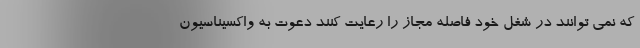
که نمی توانند در شغل خود فاصله مجاز را رعایت کنند دعوت به واکسیناسیون